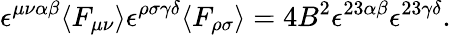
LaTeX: \epsilon^{\mu\nu\alpha\beta}\langle F_{\mu\nu}\rangle\epsilon^{\rho\sigma\gamma\delta}\langle F_{\rho\sigma}\rangle=4B^{2}\epsilon^{23\alpha\beta}\epsilon^{23\gamma\delta}.